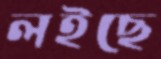
লইছে